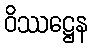
ဝိဿဋ္ဌေန